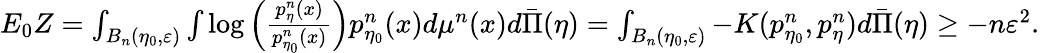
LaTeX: \begin{array}{r}{E_{0}Z=\int_{B_{n}(\eta_{0},\varepsilon)}\int\log\left(\frac{p_{\eta}^{n}(x)}{p_{\eta_{0}}^{n}(x)}\right)p_{\eta_{0}}^{n}(x)d\mu^{n}(x)d\bar{\Pi}(\eta)=\int_{B_{n}(\eta_{0},\varepsilon)}-K(p_{\eta_{0}}^{n},p_{\eta}^{n})d\bar{\Pi}(\eta)\geq-n\varepsilon^{2}.}\end{array}